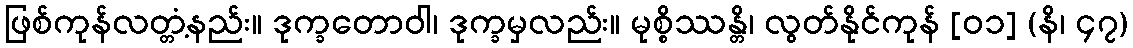
ဖြစ်ကုန်လတ္တံ့နည်း။ ဒုက္ခတောဝါ၊ ဒုက္ခမှလည်း။ မုစ္စိဿန္တိ၊ လွတ်နိုင်ကုန် [၀၁] (နိ၊ ၄၇)